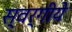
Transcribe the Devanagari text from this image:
स्वर्गीये